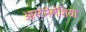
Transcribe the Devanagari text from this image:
ओस्टेमेलेशिया